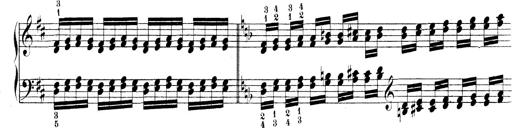
Title: Technische Studien
Composer: Franz Liszt